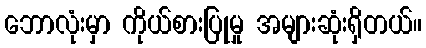
ဘောလုံးမှာ ကိုယ်စားပြုမှု အများဆုံးရှိတယ်။